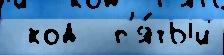
 код  п'я́тый